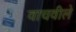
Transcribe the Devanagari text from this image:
वाचवीले